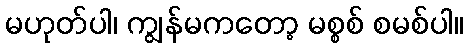
မဟုတ်ပါ၊ ကျွန်မကတော့ မစ္စစ် စမစ်ပါ။